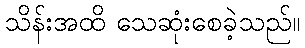
သိန်းအထိ သေဆုံးစေခဲ့သည်။